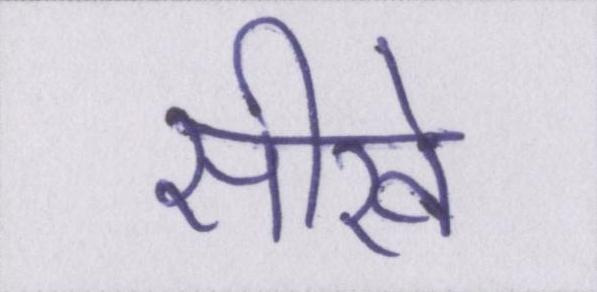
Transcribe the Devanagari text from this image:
सीखे